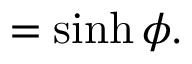
= \sinh \phi .